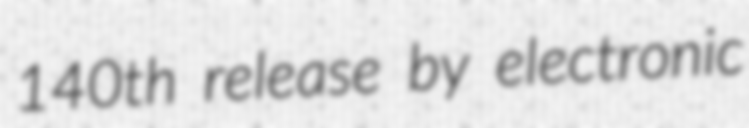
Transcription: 140th release by electronic